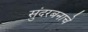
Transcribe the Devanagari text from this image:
सुंदरबनाचे